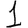
Digit: 1